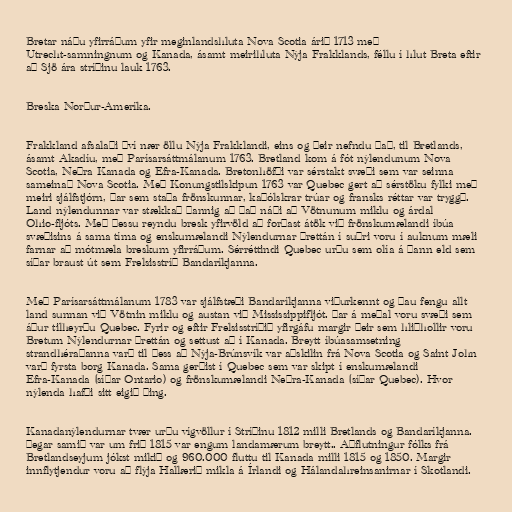
Bretar náðu yfirráðum yfir meginlandshluta Nova Scotia árið 1713 með
Utrecht-samningnum og Kanada, ásamt meirihluta Nýja Frakklands, féllu í hlut Breta eftir
að Sjö ára stríðinu lauk 1763.

Breska Norður-Ameríka.

Frakkland afsalaði því nær öllu Nýja Frakklandi, eins og þeir nefndu það, til Bretlands,
ásamt Akadíu, með Parísarsáttmálanum 1763. Bretland kom á fót nýlendunum Nova
Scotia, Neðra Kanada og Efra-Kanada. Bretonhöfði var sérstakt svæði sem var seinna
sameinað Nova Scotia. Með Konungstilskipun 1763 var Quebec gert að sérstöku fylki með
meiri sjálfstjórn, þar sem staða frönskunnar, kaþólskrar trúar og fransks réttar var tryggð.
Land nýlendunnar var stækkað þannig að það náði að Vötnunum miklu og árdal
Ohio-fljóts. Með þessu reyndu bresk yfirvöld að forðast átök við frönskumælandi íbúa
svæðisins á sama tíma og enskumælandi Nýlendurnar þrettán í suðri voru í auknum mæli
farnar að mótmæla breskum yfirráðum. Sérréttindi Quebec urðu sem olía á þann eld sem
síðar braust út sem Frelsisstríð Bandaríkjanna.

Með Parísarsáttmálanum 1783 var sjálfstæði Bandaríkjanna viðurkennt og þau fengu allt
land sunnan við Vötnin miklu og austan við Mississippifljót. Þar á meðal voru svæði sem
áður tilheyrðu Quebec. Fyrir og eftir Frelsisstríðið yfirgáfu margir þeir sem hliðhollir voru
Bretum Nýlendurnar þrettán og settust að í Kanada. Breytt íbúasamsetning
strandhéraðanna varð til þess að Nýja-Brúnsvík var aðskilin frá Nova Scotia og Saint John
varð fyrsta borg Kanada. Sama gerðist í Quebec sem var skipt í enskumælandi
Efra-Kanada (síðar Ontario) og frönskumælandi Neðra-Kanada (síðar Quebec). Hvor
nýlenda hafði sitt eigið þing.

Kanadanýlendurnar tvær urðu vígvöllur í Stríðinu 1812 milli Bretlands og Bandaríkjanna.
Þegar samið var um frið 1815 var engum landamærum breytt.. Aðflutningur fólks frá
Bretlandseyjum jókst mikið og 960.000 fluttu til Kanada milli 1815 og 1850. Margir
innflytjendur voru að flýja Hallærið mikla á Írlandi og Hálandahreinsanirnar í Skotlandi.